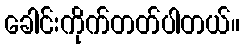
ခေါင်းကိုက်တတ်ပါတယ်။